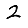
Digit: 2